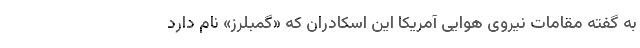
به گفته مقامات نیروی هوایی آمریکا این اسکادران که «گمبلرز» نام دارد